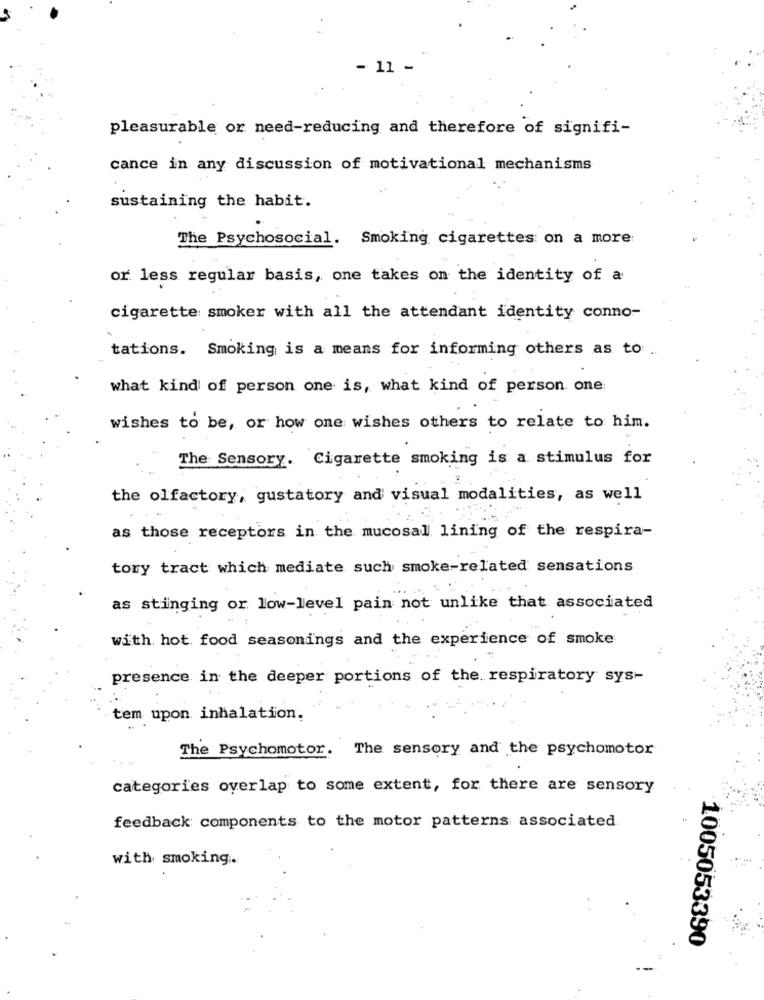
- 11
pleasurable or need-reducing and therefore of signifi-
cance in any discussion of motivational mechanisms
sustaining the habit.
The Psychosocial. Smoking cigarettes on a more
or less regular basis, one takes on the identity of a
cigarette smoker with all the attendant identity conno-
tations. Smoking is a means for informing others as to:
what kind of person one is, what kind of person. one
wishes to be, or how one wishes others to relate to him.
The Sensory. Cigarette smoking is a stimulus for
the olfactory, gustatory and visual modalities, as well
as those receptors in the mucosal lining of the respira-
tory tract which mediate such smoke-related sensations
as stinging or low-level pain not unlike that associated
with hot food seasonings and the experience of smoke
presence in the deeper portions of the respiratory sys-
tem upon inhalation.
The Psychomotor. The sensory and the psychomotor
categories overlap to some extent, for there are sensory
feedback components to the motor patterns associated
with smoking ..
1005053390